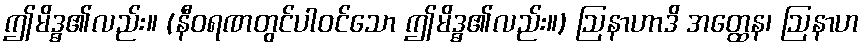
ဤမိဒ္ဓ၏လည်း။ (နီဝရဏတွင်ပါဝင်သော ဤမိဒ္ဓ၏လည်း။) ဩနာဟာဒိ အတ္ထေန၊ ဩနာဟ